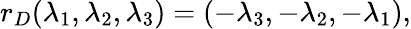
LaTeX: r_{D}(\lambda_{1},\lambda_{2},\lambda_{3})=(-\lambda_{3},-\lambda_{2},-\lambda_{1}),